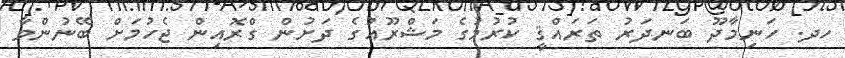
ހދ. ހަނިމާދޫ ބަނދަރު ތަރައްޤީ ކުރުމުގެ މަޝްރޫޢުގެ ދަށުން ގްރޮއިން ޖެހުމަށް ބޭނުންވާ